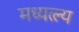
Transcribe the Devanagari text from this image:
मध्यत्ल्य